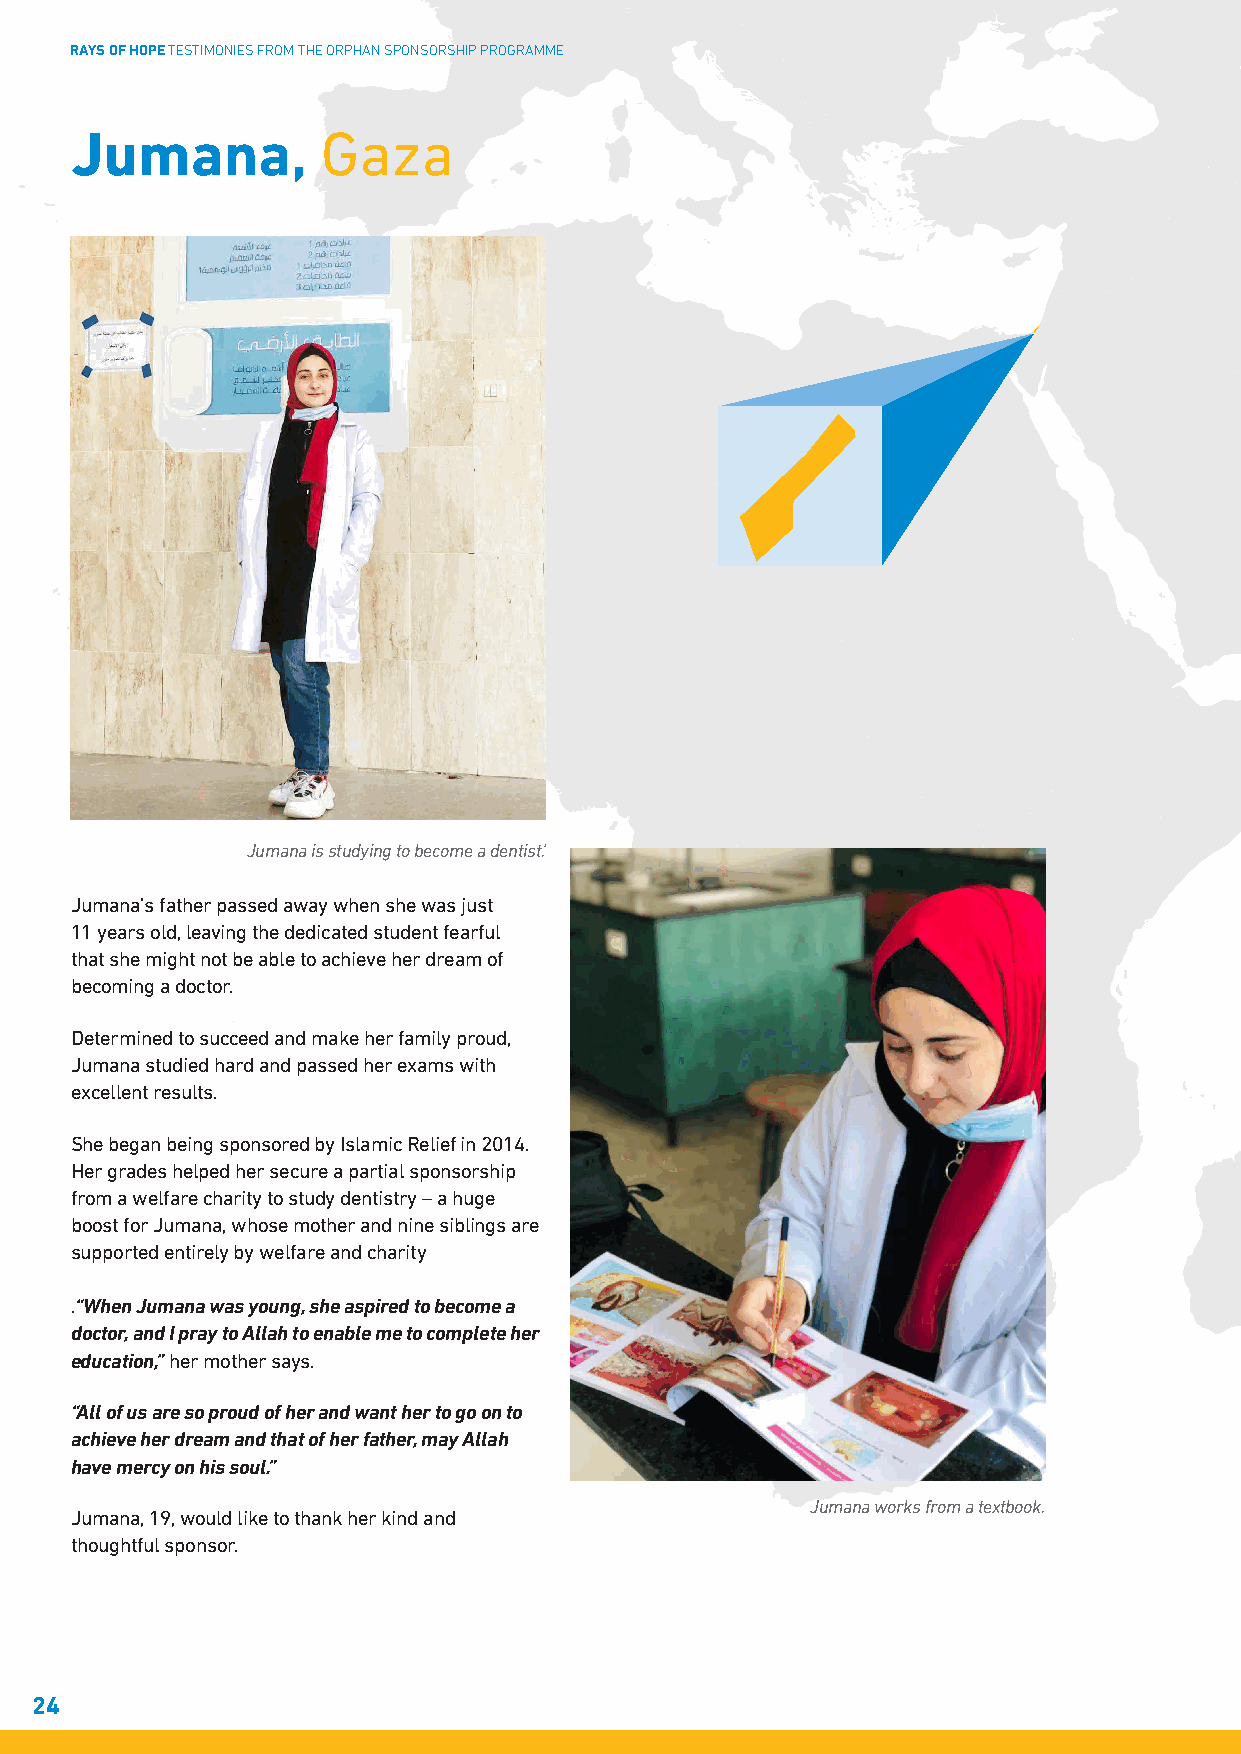
RAYS OF HOPE TESTIMONIES FROM THE ORPHAN SPONSORSHIP PROGRAMME
 Jumana,         Gaza
 Jumana is studying to become a dentist.’
 Jumana’s father passed away when she was just
 11 years old, leaving the dedicated student fearful
 that she might not be able to achieve her dream of
 becoming a doctor.
 Determined to succeed and make her family proud,
 Jumana studied hard and passed her exams with
 excellent results.
 She began being sponsored by Islamic Relief in 2014.
 Her grades helped her secure a partial sponsorship
 from a welfare charity to study dentistry – a huge
 boost for Jumana, whose mother and nine siblings are
 supported entirely by welfare and charity
 .“When Jumana was young, she aspired to become a
 doctor, and I pray to Allah to enable me to complete her
 education,” her mother says.
 “All of us are so proud of her and want her to go on to
 achieve her dream and that of her father, may Allah
 have mercy on his soul.”
 Jumana works from a textbook.
 Jumana, 19, would like to thank her kind and
 thoughtful sponsor.
 24